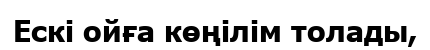
Ескі ойға көңілім толады,